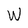
Character: W